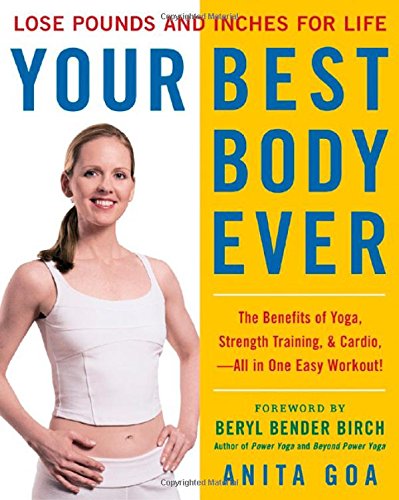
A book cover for Your Best Body Ever; Anita Goa; Health, Fitness & Dieting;